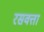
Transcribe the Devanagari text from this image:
रसवत्ता